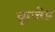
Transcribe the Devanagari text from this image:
क्रूजेड